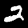
Digit: 2